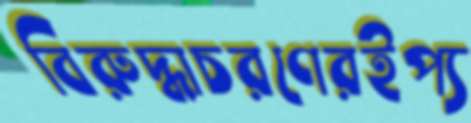
বিরুদ্ধাচরণেরইপ্য